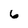
Character: 6